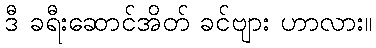
ဒီ ခရီးဆောင်အိတ် ခင်ဗျား ဟာလား။